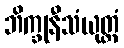
ဘိက္ခုနီသံယုတ္တံ